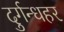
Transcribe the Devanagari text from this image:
दुर्गन्धहर